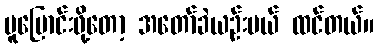
မူပြောင်းဖို့တော့ အတော်ခဲယဉ်းမယ် ထင်တယ်။